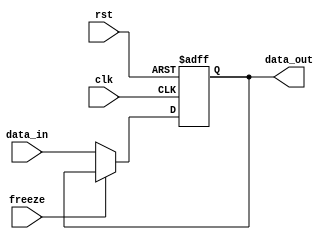
module PC #(
    parameter DATA_LEN = 32
) (
    input wire  clk, rst,
    input wire [DATA_LEN - 1 : 0] data_in,
    input wire                    freeze,
    output reg [DATA_LEN - 1 : 0] data_out
);

    always @(posedge clk or negedge rst) begin
        if(~rst)
            data_out <= 'b0;
        else begin
            if(freeze) begin
                data_out <= data_out;
            end
            else
                data_out <= data_in;
        end    
    end

    
endmodule